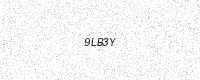
Text: 9LB3Y